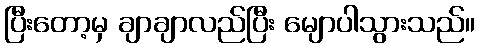
ပြီးတော့မှ ချာချာလည်ပြီး မျောပါသွားသည်။